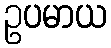
ဥပမာယ